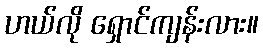
ဟယ်လို ရှောင်ကျန်းလား။